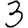
Digit: 3